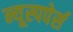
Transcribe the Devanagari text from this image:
न्यूस्पपेर्स